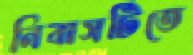
নিবাসটিতে